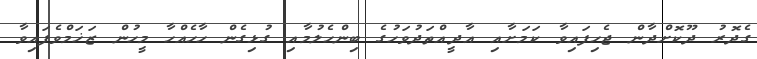
ގެދޮރު ދޫކޮށްދާން ޖެހިފައިވާ ކަމަށާއި އާދީއްތަދުވަހުގެ ބިންހެލުމާއި ގުޅިގެން ހާހެއްހާ މީހުން ޒަޚަމްވެފައިވާ